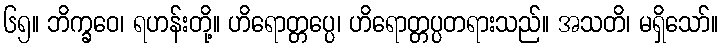
၆၅။ ဘိက္ခဝေ၊ ရဟန်းတို့။ ဟိရောတ္တပ္ပေ၊ ဟိရောတ္တပ္ပတရားသည်။ အသတိ၊ မရှိသော်။